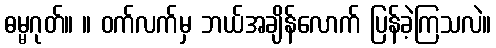
ဓမ္မဂုတ်။ ။ ဝက်လက်မှ ဘယ်အချိန်လောက် ပြန်ခဲ့ကြသလဲ။